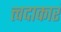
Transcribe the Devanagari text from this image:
त्त्वदाकारं